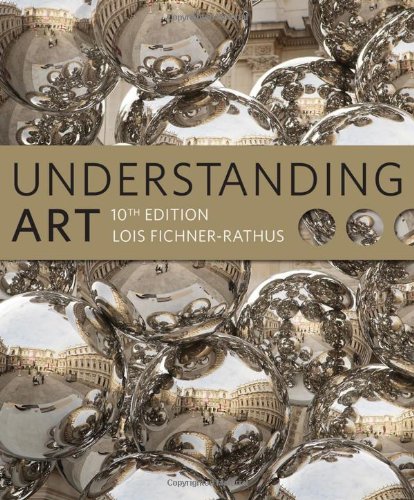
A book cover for Understanding Art (with CourseMate Printed Access Card); Lois Fichner-Rathus; Arts & Photography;